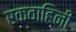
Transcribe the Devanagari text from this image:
रकवाहिनी